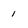
Character: i